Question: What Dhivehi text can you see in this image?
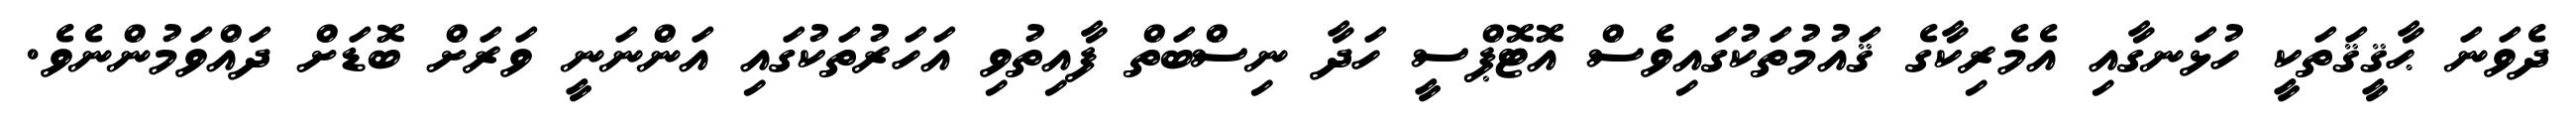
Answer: ދެވަނަ ޙާޤީޤަތަކީ ހުޅަނގާއި އެމެރިކާގެ ޤައުމުތަކުގައިވެސް އޮޓޮޕްސީ ހަދާ ނިސްބަތް ފާއިތުވި އަހަރުތަކުގައި އަންނަނީ ވަރަށް ބޮޑަށް ދައްވަމުންނެވެ.